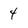
Character: 4